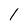
Character: 1